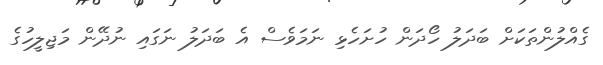
ގެއްލުންތަކަށް ބަދަލު ހޯދަން ހުށަހެޅި ނަމަވެސް އެ ބަދަލު ނަގައި ނުދޭން މަޖިލީހުގެ